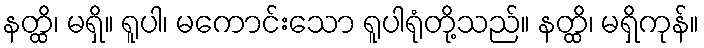
နတ္ထိ၊ မရှိ။ ရူပါ၊ မကောင်းသော ရူပါရုံတို့သည်။ နတ္ထိ၊ မရှိကုန်။